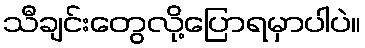
သီချင်းတွေလို့ပြောရမှာပါပဲ။